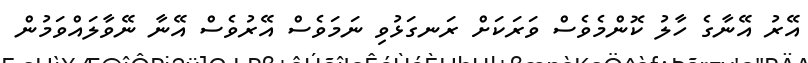
އޭރު އޭނާގެ ހާލު ކޮންމެވެސް ވަރަކަށް ރަނގަޅުވި ނަމަވެސް އޭރުވެސް އޭނާ ނޭވާލައްވަމުން